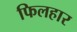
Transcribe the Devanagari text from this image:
फिलहार